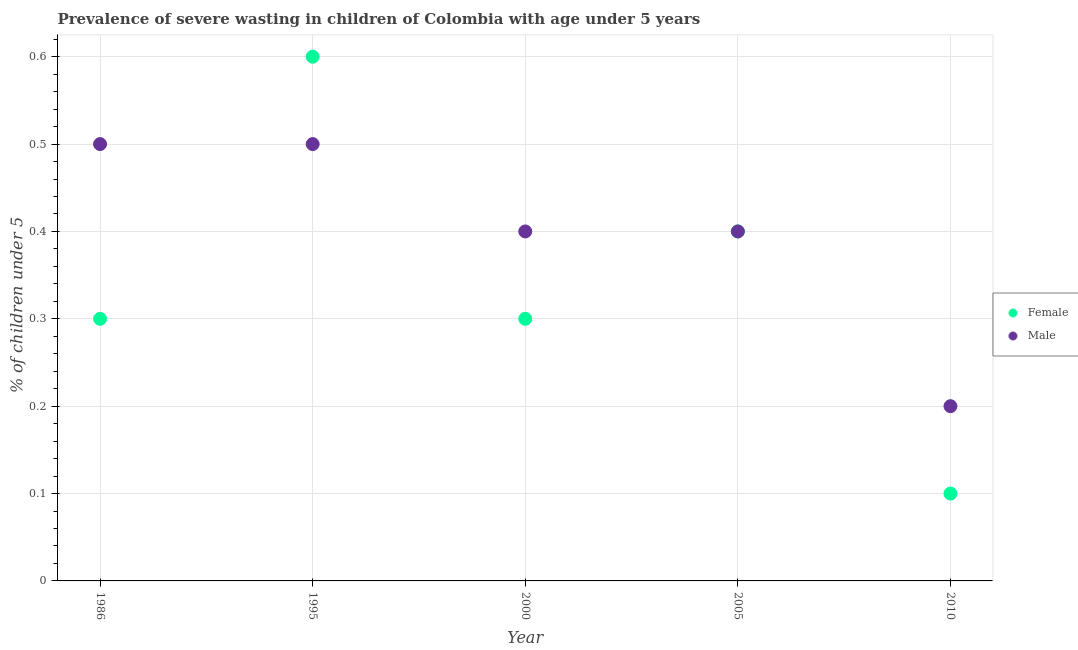
| Year | Female | Male |
 | --- | --- | --- |
 | 1986 | 0.3 | 0.5 |
 | 1995 | 0.6 | 0.5 |
 | 2000 | 0.3 | 0.4 |
 | 2005 | 0.4 | 0.4 |
 | 2010 | 0.1 | 0.2 |